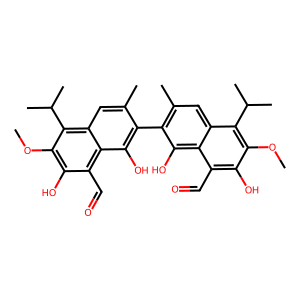
SMILES: COc1c(O)c(C=O)c2c(O)c(-c3c(C)cc4c(C(C)C)c(OC)c(O)c(C=O)c4c3O)c(C)cc2c1C(C)C
Inhibits HIV replication: No